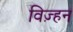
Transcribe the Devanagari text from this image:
विज़्हन